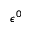
\epsilon ^ { 0 }